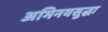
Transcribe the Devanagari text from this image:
अभिनयसुद्धा